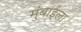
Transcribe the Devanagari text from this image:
मुंबाईला